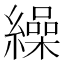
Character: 繰